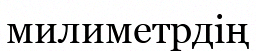
милиметрдің